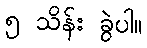
၅ သိန်း ခွဲပါ။